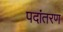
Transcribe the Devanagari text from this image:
पदांतरण